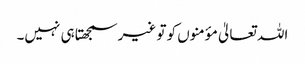
اللہ تعالیٰ مؤمنوں کو تو غیر سمجھتا ہی نہیں۔